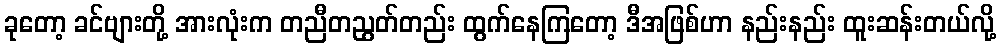
ခုတော့ ခင်ဗျားတို့ အားလုံးက တညီတညွတ်တည်း ထွက်နေကြတော့ ဒီအဖြစ်ဟာ နည်းနည်း ထူးဆန်းတယ်လို့